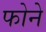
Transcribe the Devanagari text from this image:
फोने